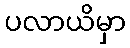
ပလာယိမှာ